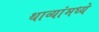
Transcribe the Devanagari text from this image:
थाव्यांमध्ये